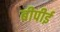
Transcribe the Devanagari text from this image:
बीपीई